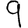
Digit: 9